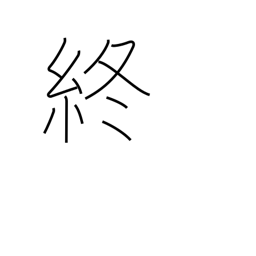
Meaning: finish